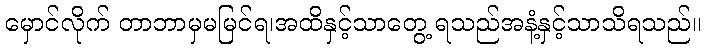
မှောင်လိုက် တာဘာမှမမြင်ရ၊အထိနှင့်သာတွေ့ ရသည်အနံ့နှင့်သာသိရသည်။